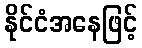
နိုင်ငံအနေဖြင့်